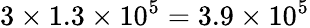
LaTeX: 3\times 1.3\times 10^{5}=3.9\times 10^{5}